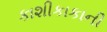
કાશીકાકાની